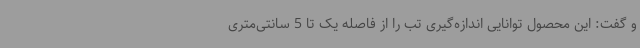
و گفت: این محصول توانایی اندازه‌گیری تب را از فاصله یک تا 5 سانتی‌متری